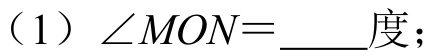
（1）\(\angle MON=\underline{\quad\quad}\)度；